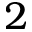
2